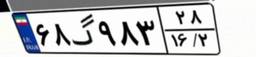
۶۷گ۸۹۸۸۶